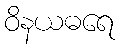
ဝိနယဓရေ